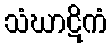
သံဃာဋိကံ